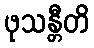
ဖုသန္တီတိ